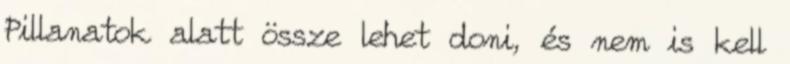
Pillanatok alatt össze lehet doni, és nem is kell